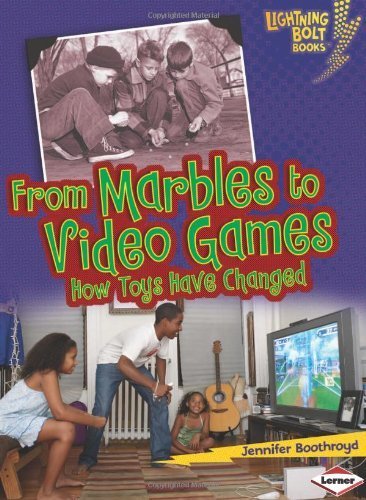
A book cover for From Marbles to Video Games: How Toys Have Changed (Lightning Bolt Books Comparing Past and Present) by Boothroyd, Jennifer (2011) Library Binding; Jennifer Boothroyd; Crafts, Hobbies & Home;